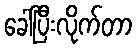
ခေါ်ပြီးလိုက်တာ